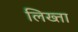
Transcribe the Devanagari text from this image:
लिख्ता